Civil Veterinary Department. Madras. Admin. report 1926-33 - 1926-1933
Year: 1926
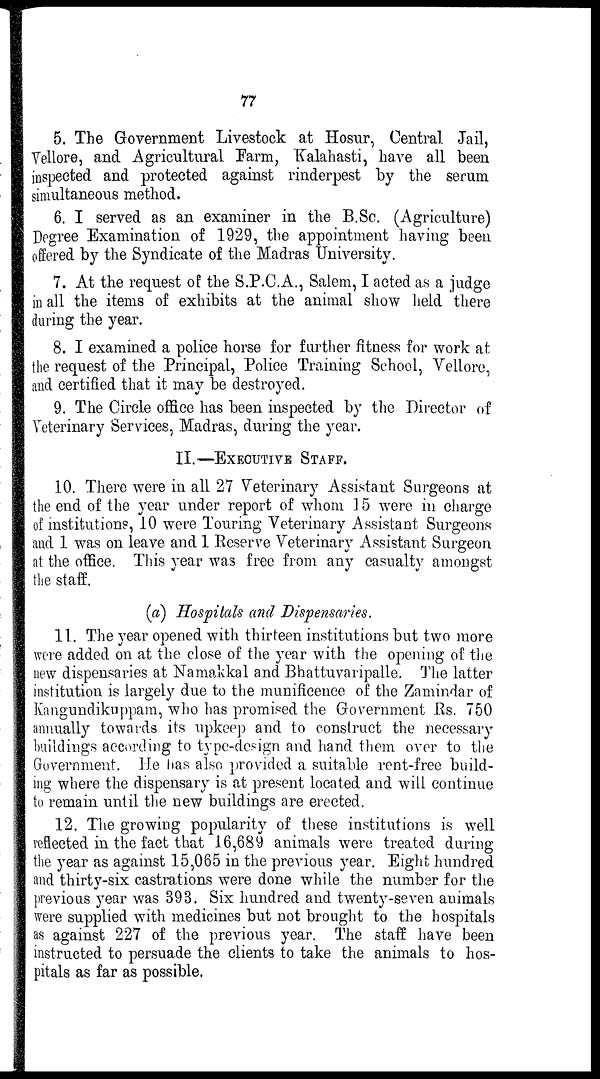
77
5. The Government Livestock at Hosur, Central Jail,
Vellore, and Agricultural Farm, Kalahasti, have all been
inspected and protected against rinderpest by the serum
simultaneous method.
6. I served as an examiner in the B.Sc. (Agriculture)
Degree Examination of 1929, the appointment having been
offered by the Syndicate of the Madras University.
7. At the request of the S.P.C.A., Salem, I acted as a judge
in all the items of exhibits at the animal show held there
during the year.
8. I examined a police horse for further fitness for work at
the request of the Principal, Police Training School, Vellore,
and certified that it may be destroyed.
9. The Circle office has been inspected by the Director of
Veterinary Services, Madras, during the year.
II.—EXECUTIVE STAFF.
10. There were in all 27 Veterinary Assistant Surgeons at
the end of the year under report of whom 15 were in charge
of institutions, 10 were Touring Veterinary Assistant Surgeons
and 1 was on leave and 1 Reserve Veterinary Assistant Surgeon
at the office. This year was free from any casualty amongst
the staff.
(a) Hospitals and Dispensaries.
11. The year opened with thirteen institutions but two more
were added on at the close of the year with the opening of the
new dispensaries at Namakkal and Bhattuvaripalle. The latter
institution is largely due to the munificence of the Zamindar of
Kangundikuppam, who has promised the Government Rs. 750
annually towards its upkeep and to construct the necessary
buildings according to type-design and hand them over to the
Government. He has also provided a suitable rent-free build-
ing where the dispensary is at present located and will continue
to remain until the new buildings are erected.
12. The growing popularity of these institutions is well
reflected in the fact that 16,689 animals were treated during
the year as against 15,065 in the previous year. Eight hundred
and thirty-six castrations were done while the number for the
previous year was 393. Six hundred and twenty-seven animals
were supplied with medicines but not brought to the hospitals
as against 227 of the previous year. The staff have been
instructed to persuade the clients to take the animals to hos-
pitals as far as possible.